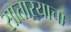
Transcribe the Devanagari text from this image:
साताऱ्याचा